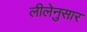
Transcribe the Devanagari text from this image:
लीलेनुसार